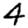
Digit: 4